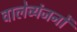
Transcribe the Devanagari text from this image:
वालेव्यंजनों